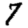
Digit: 7